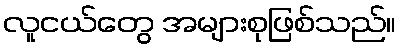
လူငယ်တွေ အများစုဖြစ်သည်။